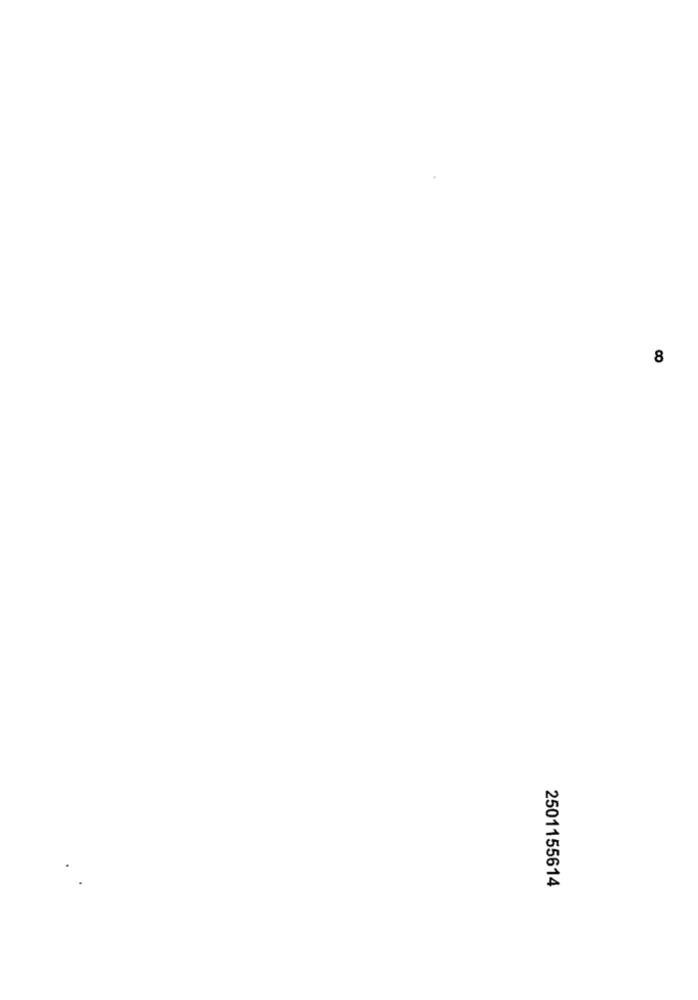
CO
2501155614